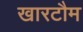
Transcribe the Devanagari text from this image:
खारटौम